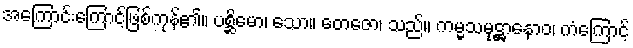
အကြောင်းကြောင့်ဖြစ်ကုန်၏။ ပစ္ဆိမော၊ သော။ တေဇော၊ သည်။ ကမ္မသမုဋ္ဌာနောဝ၊ ကံကြောင့်